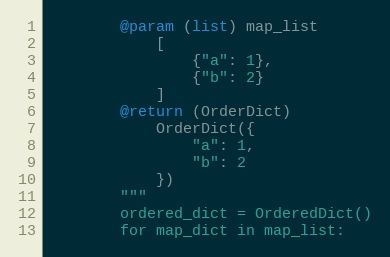
Language: Python
        @param (list) map_list
            [
                {"a": 1},
                {"b": 2}
            ]
        @return (OrderDict)
            OrderDict({
                "a": 1,
                "b": 2
            })
        """
        ordered_dict = OrderedDict()
        for map_dict in map_list: